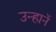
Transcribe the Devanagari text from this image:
उन्हानें